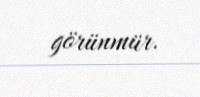
görünmür.